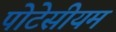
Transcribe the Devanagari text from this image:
पोटेसीयम